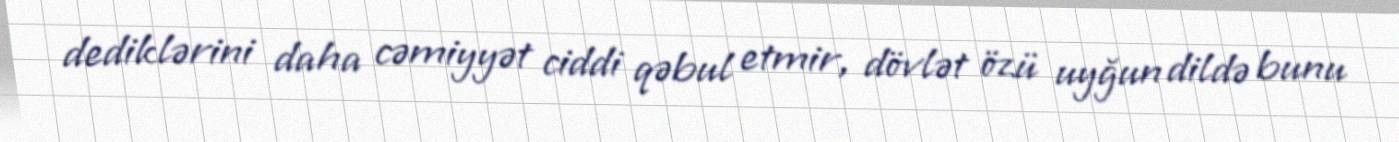
dediklərini daha cəmiyyət ciddi qəbul etmir, dövlət özü uyğun dildə bunu